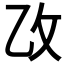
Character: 𫡣